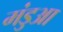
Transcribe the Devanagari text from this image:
मंडुआ